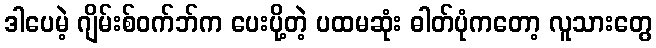
ဒါပေမဲ့ ဂျိမ်းစ်ဝက်ဘ်က ပေးပို့တဲ့ ပထမဆုံး ဓါတ်ပုံကတော့ လူသားတွေ